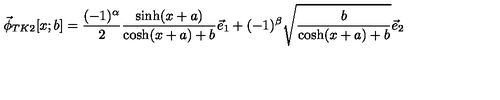
\vec { \phi } _ { T K 2 } [ x ; b ] = \frac { ( - 1 ) ^ { \alpha } } { 2 } \frac { \sinh ( x + a ) } { \cosh ( x + a ) + b } \vec { e } _ { 1 } + ( - 1 ) ^ { \beta } \sqrt { \frac { b } { \cosh ( x + a ) + b } } \vec { e } _ { 2 }